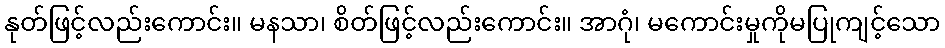
နုတ်ဖြင့်လည်းကောင်း။ မနသာ၊ စိတ်ဖြင့်လည်းကောင်း။ အာဂုံ၊ မကောင်းမှုကိုမပြုကျင့်သော